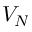
V _ { N }